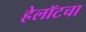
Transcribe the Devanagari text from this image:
हेलॉटचा